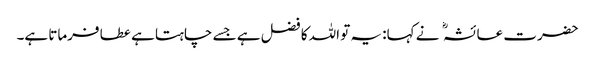
حضرت عائشہ نے کہا: یہ تو اللہ کا فضل ہے جسے چاہتا ہے عطا فرماتا ہے۔